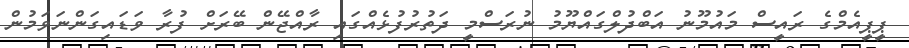
ޕީޕީއެމްގެ ރައީސް މައުމޫނު އަބްދުލްގައްޔޫމު ނުރަސްމީ ދަތުރުފުޅެއްގައި ރާއްޖޭން ބޭރަށް ފުރާ ވަޑައިގަންނަވަމުން